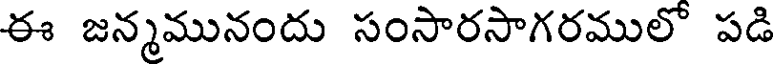
ఈ జన్మమునందు సంసారసాగరములో పడి